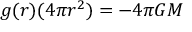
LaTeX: g ( r ) ( 4 \pi r ^ { 2 } ) = - 4 \pi G M